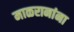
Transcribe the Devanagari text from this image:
माळरानांना